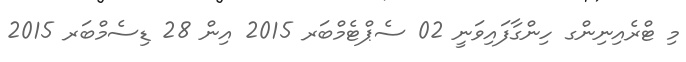
މި ޓްރެއިނިންގ ހިންގާފައިވަނީ 02 ސެޕްޓެމްބަރ 2015 އިން 28 ޑިސެމްބަރ 2015